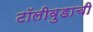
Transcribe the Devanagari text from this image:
टॉलीवुडाची